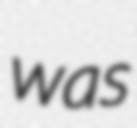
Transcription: was